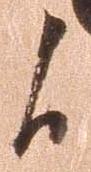
候